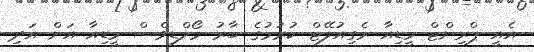
އެއީ ޕްރިންޓް މީޑިއާ ރެގިއުލޭޓް ކުރުމުގެ ބާރު މޯލްޑިވްސް މީޑިއާ އަށް އަދި